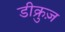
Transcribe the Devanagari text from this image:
डीक्रुज़